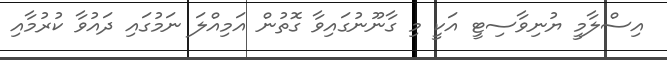
އިސްލާމީ ޔުނިވާސިޓީ އަކީ މި ގާނޫނުގައިވާ ގޮތުން އަމިއްލަ ނަމުގައި ދައުވާ ކުރުމާއި